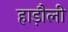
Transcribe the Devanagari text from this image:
हाड़ौली